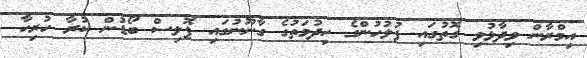
އިމްރާން ވިދާޅުވި ގޮތުގައި ފުލުހުންގެ ހިދުމަތުގެ ގާނޫނުގައި ޕޮލިސް ބޯޑުން ކުރާ ހުރިހާ